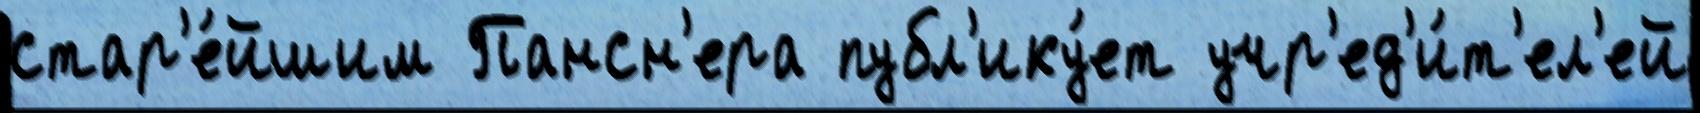
стар'е́йшим Пансн'ера публ'ику́ет учр'ед'и́т'ел'ей